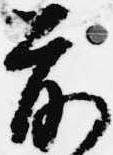
前